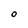
Character: o